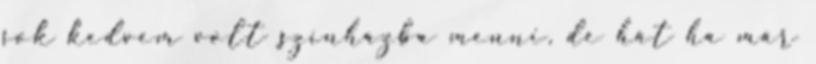
sok kedvem volt színházba menni, de hát ha már